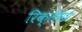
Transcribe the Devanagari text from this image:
रिक्लेमर